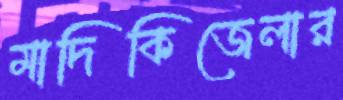
মাদিকিজেলার